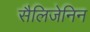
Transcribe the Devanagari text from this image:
सैलिजेनिन